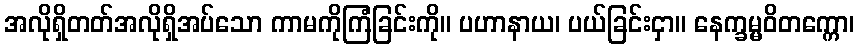
အလိုရှိတတ်အလိုရှိအပ်သော ကာမကိုကြံခြင်းကို။ ပဟာနာယ၊ ပယ်ခြင်းငှာ။ နေက္ခမ္မဝိတက္ကော၊